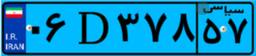
۰۶D۳۷۸۵۷